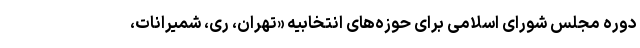
دوره مجلس شورای اسلامی برای حوزه‌های انتخابیه «تهران، ری، شمیرانات،